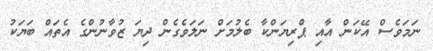
ނަމަވެސް އޭކަން އާއި ޕްރިޔަންކާ ބެލުމަށް ނަލަވެގެން ދިޔަ ޒުވާނުންގެ އެތައް ބަޔަކު